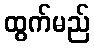
ထွက်မည်